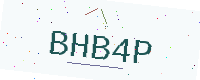
Text: BHB4P